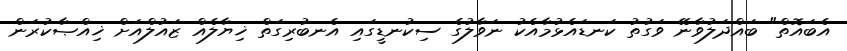
އެބައޮތް" ބައްދަލުވާނޭ ވަގުތު ކަނޑައެޅުމާއެކު ނަވާލުގެ ސިކުނޑީގައި އެނބުރިގަތް ޚިޔާލެއް ޒައުލްއަށް ޚިއްޞާކުރަން